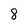
Character: 8